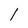
Character: I